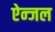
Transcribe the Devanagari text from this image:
ऐन्जल